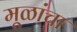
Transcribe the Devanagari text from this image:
मूळांचा